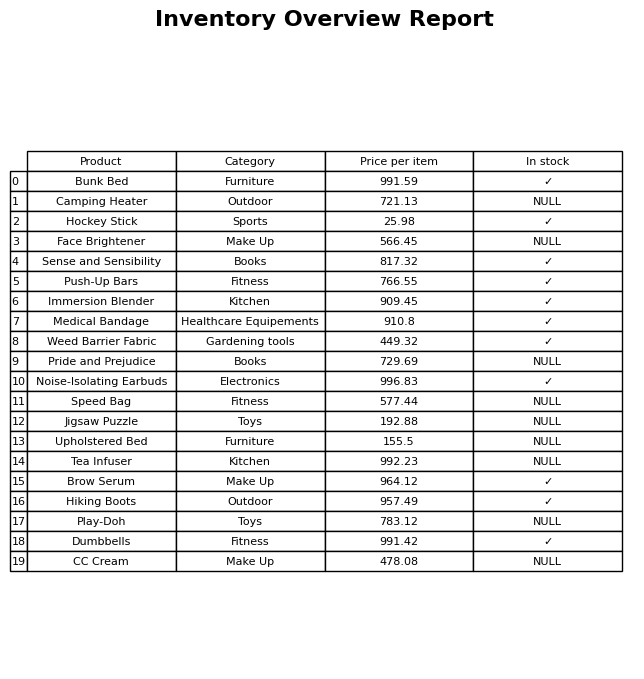
question: What is the price for Pride and Prejudice?
answer: The price of Pride and Prejudice is 729.69.